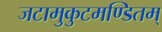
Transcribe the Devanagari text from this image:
जटामुकुटमण्डितम्‌